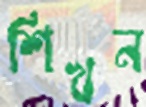
শিখন